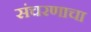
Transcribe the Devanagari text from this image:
संचरणाचा